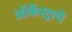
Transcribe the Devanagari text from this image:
ऑर्केस्ट्राचे